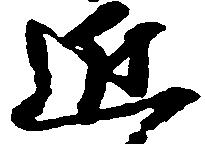
近